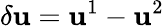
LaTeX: \delta\mathbf{u}=\mathbf{u}^{1}-\mathbf{u}^{2}